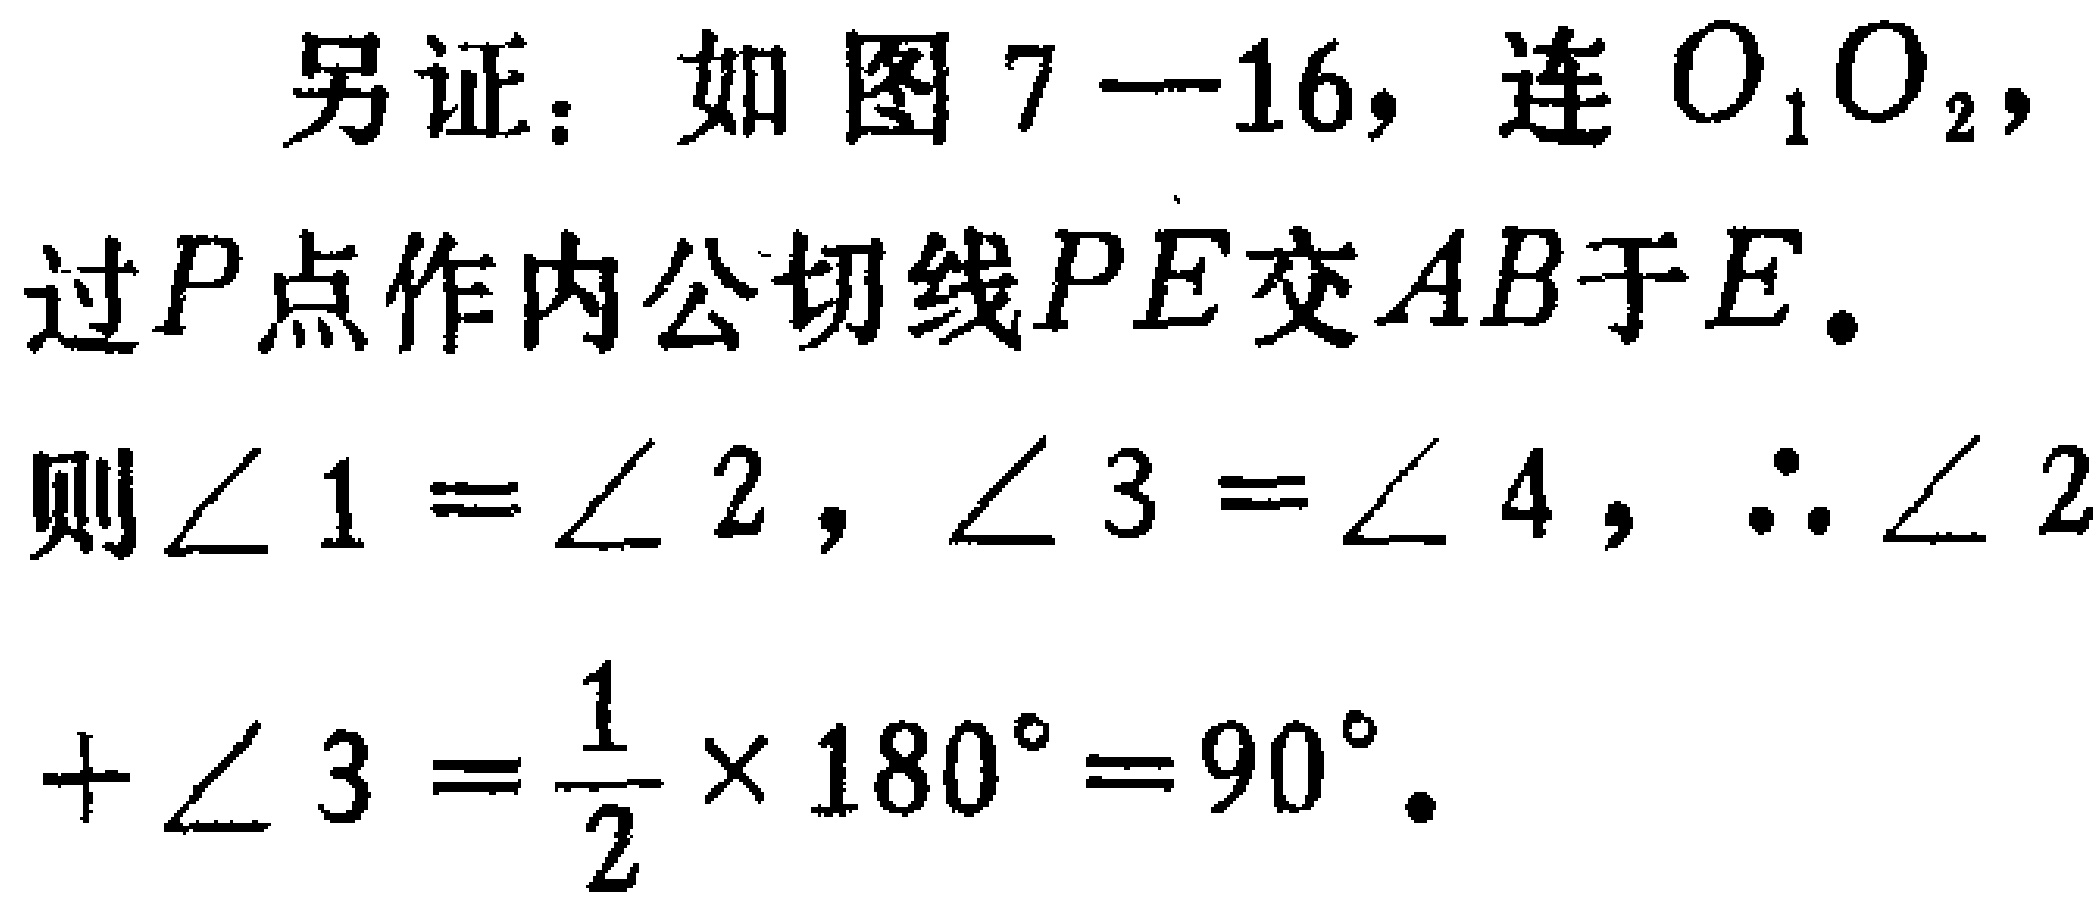
另证：如图7—16，连\(O_{1}O_{2}\)，过\(P\)点作内公切线\(PE\)交\(AB\)于\(E\)。则\(\angle 1 = \angle 2\)，\(\angle 3 = \angle 4\)，\(\therefore \angle 2+\angle 3 = \frac{1}{2} \times 180^{\circ}=90^{\circ}\)。